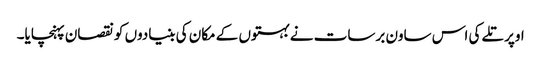
اوپر تلے کی اس ساون برسات نے بہتوں کے مکان کی بنیادوں کو نقصان پہنچایا۔